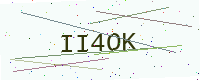
Text: II4OK